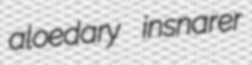
aloedary insnarer